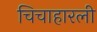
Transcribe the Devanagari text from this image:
चिचाहारली